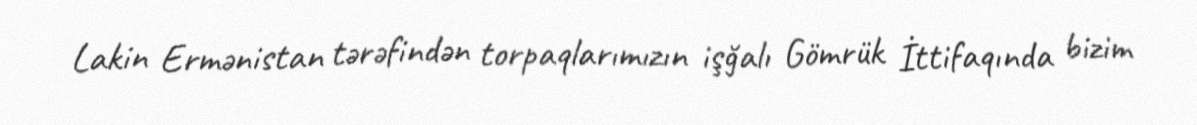
Lakin Ermənistan tərəfindən torpaqlarımızın işğalı Gömrük İttifaqında bizim